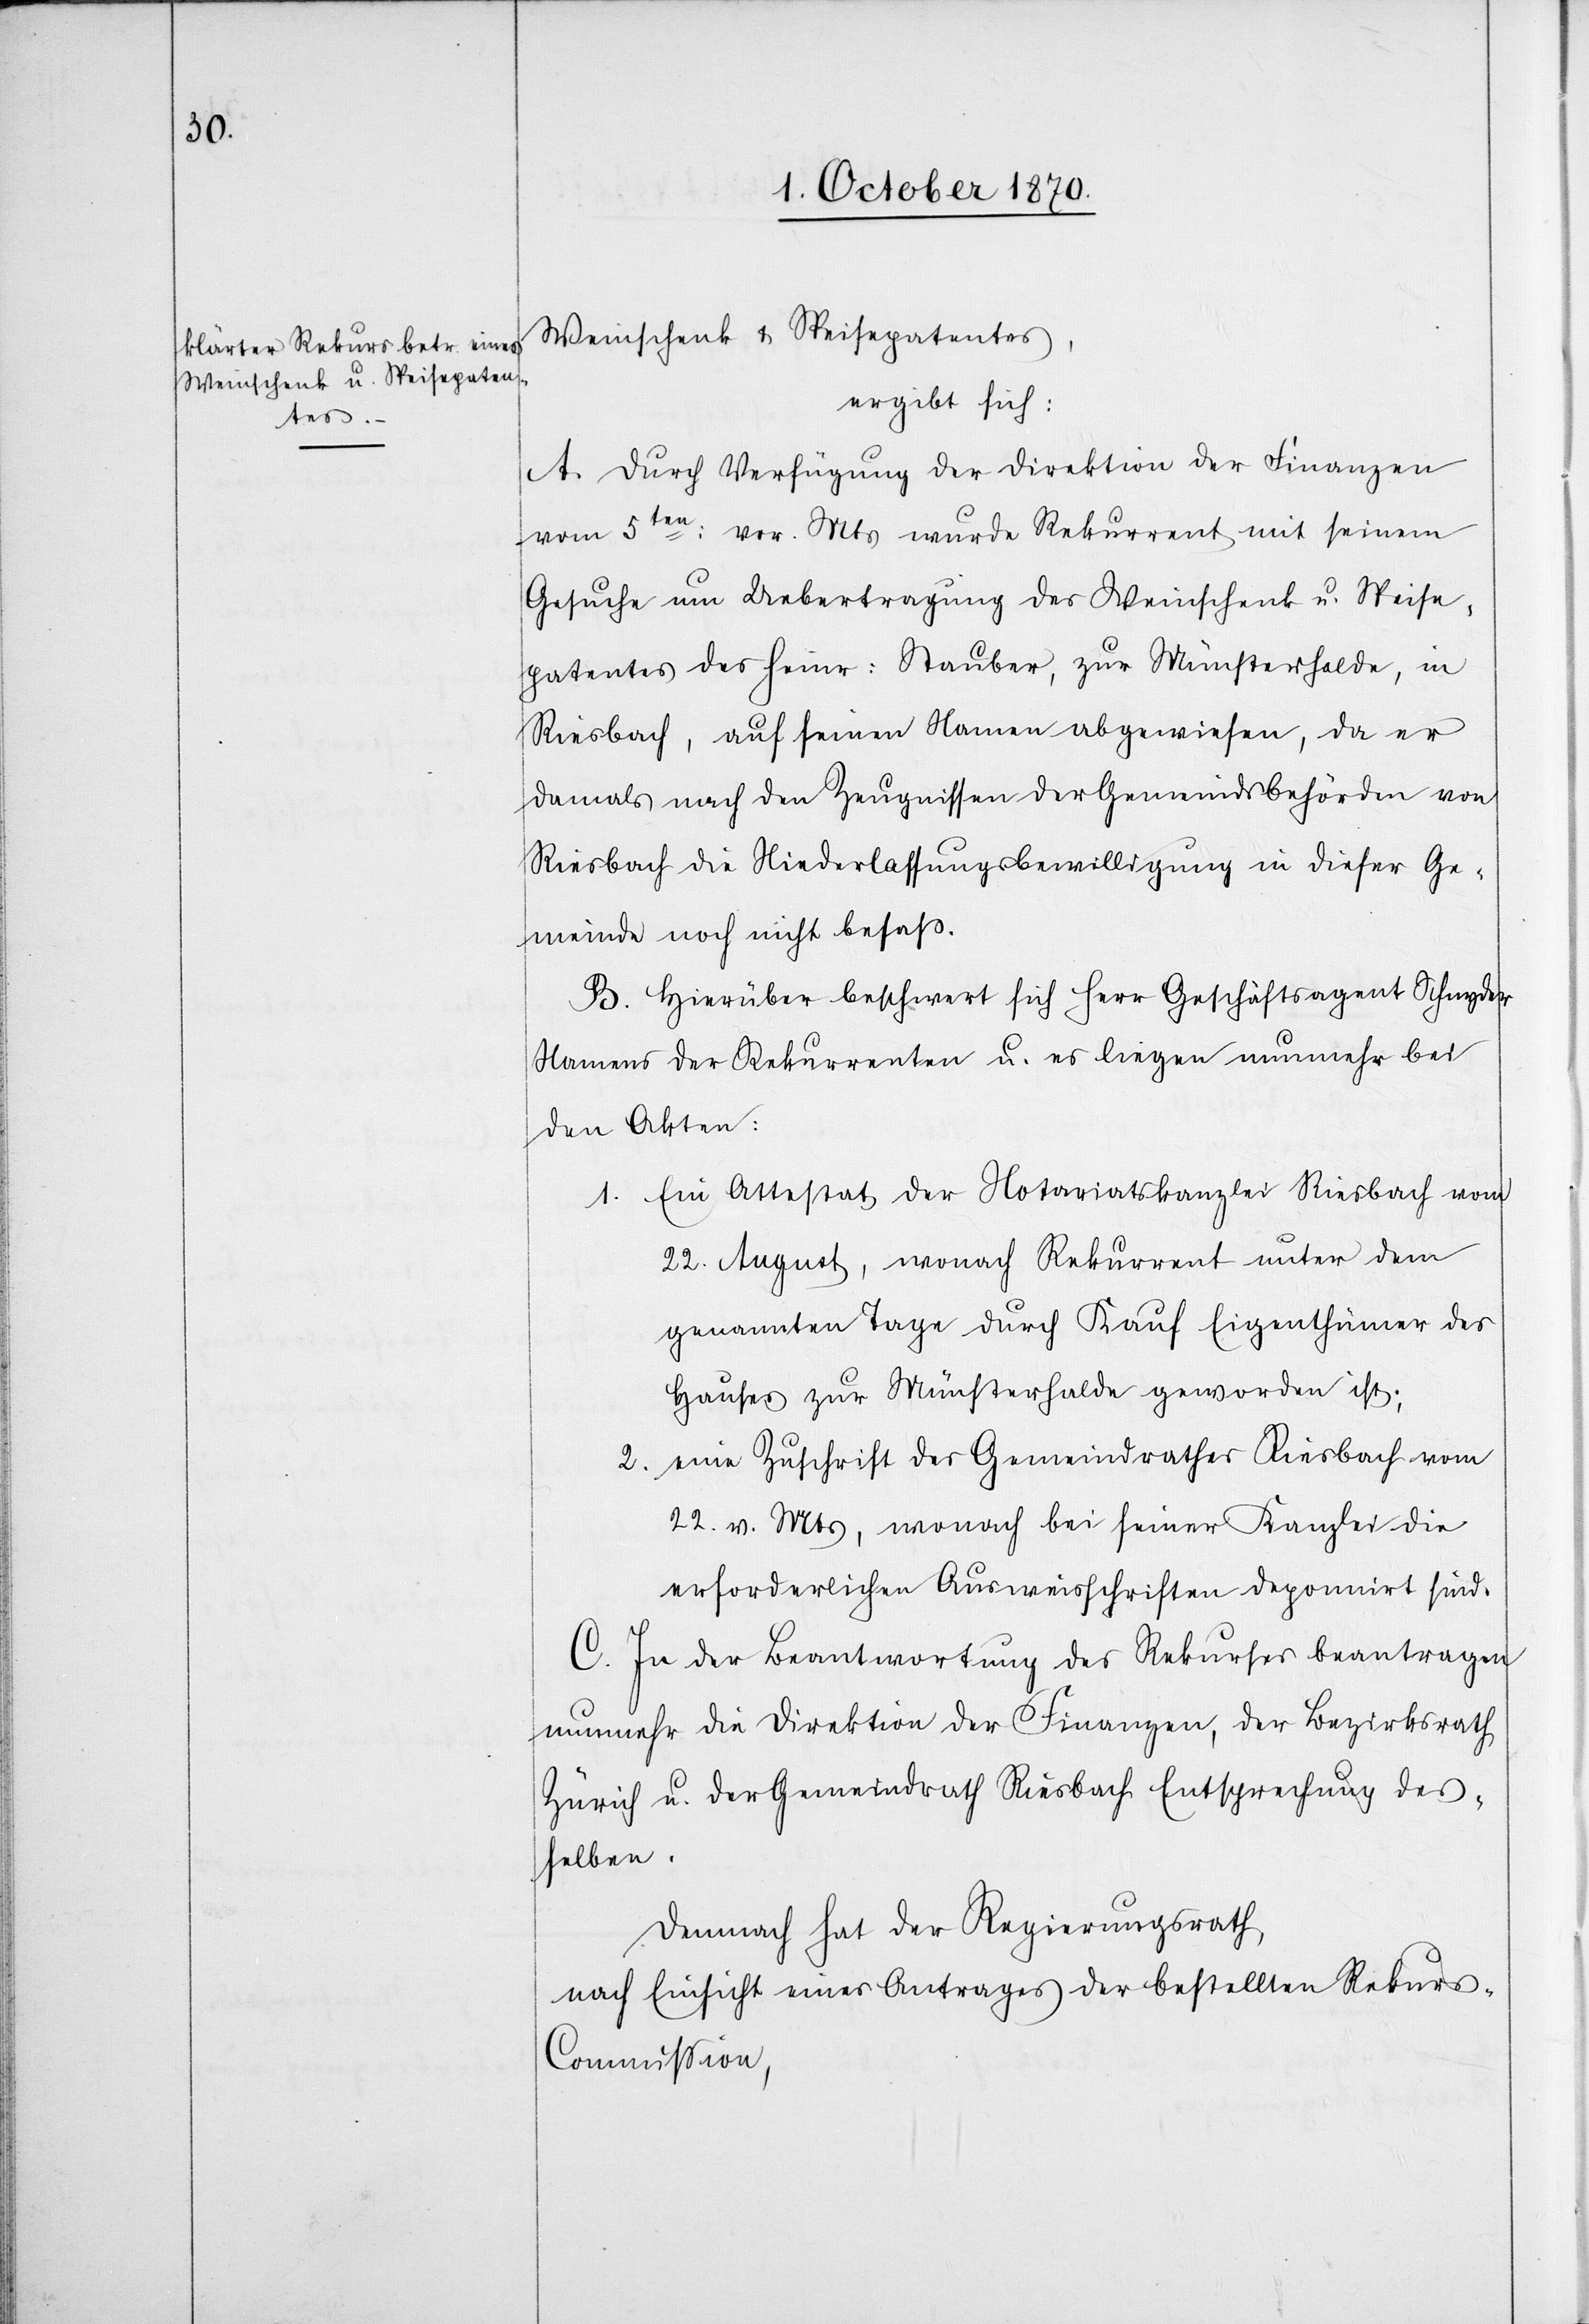
Weinschenk u. Speisepatentes,
ergibt sich:
A. Durch Verfügung der Direktion der Finanzen
vom 5ten: vor. Mts wurde Rekurrent mit seinem
Gesuche um Uebertragung des Weinschenk u. Speise¬
patentes des Heinr. Stauber, zur Münsterhalde, in
Riesbach, auf seinen Namen abgewiesen, da er
damals nach den Zeugnissen der Gemeindsbehörden von
Riesbach die Niederlassungsbewilligung in dieser Ge¬
meinde noch nicht besaß.
B. Hierüber beschwert sich Herr Geschäftsagent Schnyder
Namens des Rekurrenten und es liegen nunmehr bei
den Akten:
1. Ein Attestat der Notariatskanzlei Riesbach vom
22. August, wonach Rekurrent unter dem
genannten Tage durch Kauf Eigenthümer des
Hauses zur Münsterhalde geworden ist;
2. Eine Zuschrift des Gemeindrathes Riesbach vom
22. v. Mts., wonach bei seiner Kanzlei die
erforderlichen Ausweisschriften deponirt sind.
C. In der Beantwortung des Rekurses beantragen
nunmehr die Direktion der Finanzen, der Bezirksrath
Zürich u. der Gemeindrath Riesbach Entsprechung dess¬
elben.
Demnach hat der Regierungsrath,
nach Einsicht eines Antrages der bestellten Rekur¬
s-Commission,